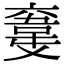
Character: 𩎮